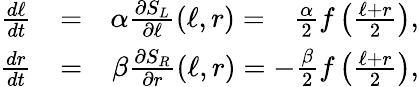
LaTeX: \begin{array}{rlr}{\frac{d\ell}{dt}}&{=}&{\alpha\frac{\partial S_{L}}{\partial\ell}(\ell,r)=~~~\frac{\alpha}{2}f\left(\frac{\ell+r}{2}\right),}\\ {\frac{dr}{dt}}&{=}&{\beta\frac{\partial S_{R}}{\partial r}(\ell,r)=-\frac{\beta}{2}f\left(\frac{\ell+r}{2}\right),}\end{array}